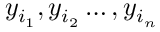
y _ { i _ { 1 } } , y _ { i _ { 2 } } \ldots , y _ { i _ { n } }